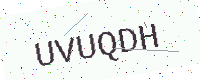
Text: UVUQDH